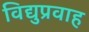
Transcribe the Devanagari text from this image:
विद्युप्रवाह